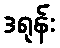
ဒရုန်း